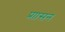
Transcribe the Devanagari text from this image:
प्राासन